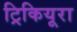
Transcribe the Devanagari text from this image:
ट्रिकियूरा